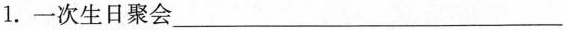
1.一次生日聚会___